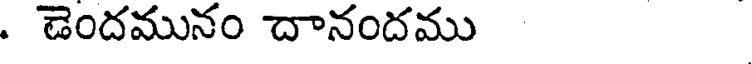
. డెందమునం దానందము